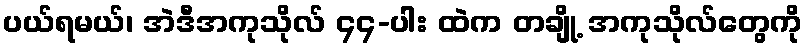
ပယ်ရမယ်၊ အဲဒီအကုသိုလ် ၄၄-ပါး ထဲက တချို့ အကုသိုလ်တွေကို